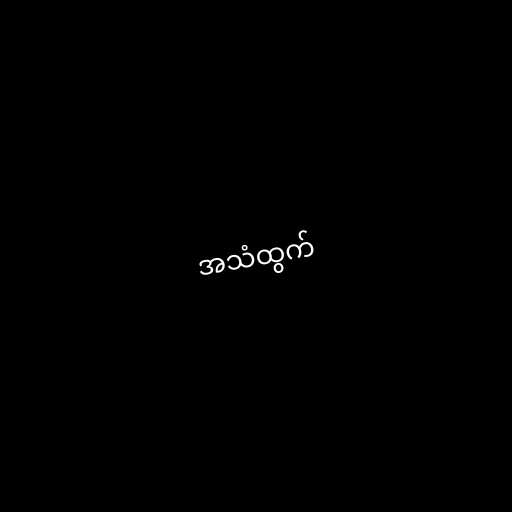
အသံထွက်